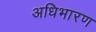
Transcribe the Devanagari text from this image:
अधिभारण